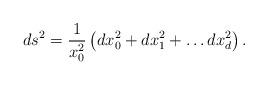
LaTeX: \begin{align*}ds^2 = \frac{1}{x_0^2}\left( dx_0^2 + dx_1^2 +\ldots dx_d^2 \right).\end{align*}